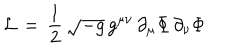
{ \cal L } \, = \, { \frac { 1 } { 2 } } \, \sqrt { - g } \, g ^ { \mu \nu } \, \partial _ { \mu } \Phi \, \partial _ { \nu } \Phi